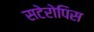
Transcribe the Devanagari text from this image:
सटेरोपिस